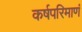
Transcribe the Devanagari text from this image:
कर्षपरिमाणं